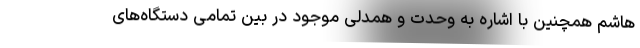
هاشم همچنین با اشاره به وحدت و همدلی موجود در بین تمامی دستگاه‌های